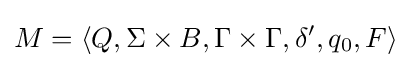
M=\langle Q,\Sigma \times {B},\Gamma \times \Gamma ,\delta ',q_{0},F\rangle